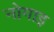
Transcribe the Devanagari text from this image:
नोगाइ